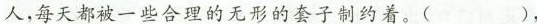
人，每天都被一些合理的无形的套子制约着。( )，